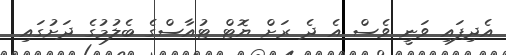
އެދިފައި ވަނީ ވެސް އެ ދެ ރަށް ޔޮޓް ޓުއާސްގެ ބެލުމުގެ ދަށުގައި